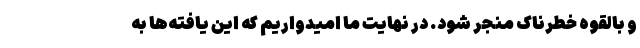
و بالقوه خطرناک منجر شود. در نهایت ما امیدواریم که این یافته‌ها به